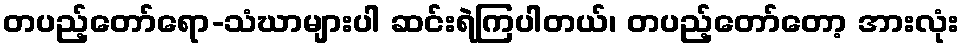
တပည့်တော်ရော-သံဃာများပါ ဆင်းရဲကြပါတယ်၊ တပည့်တော်တော့ အားလုံး